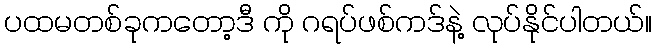
ပထမတစ်ခုကတော့ဒီ ကို ဂရပ်ဖစ်ကဒ်နဲ့ လုပ်နိုင်ပါတယ်။